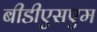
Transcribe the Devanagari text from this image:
बीडीएसएम